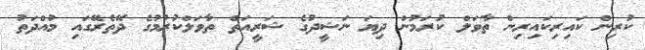
ކުރިން ކައިރިކައިރިން ތާވަލް ކުރަމުން ދިޔަ ނަޝީދުގެ ޝަރީއަތް ތާވަލްކުރުމުގެ ދޭތެރޭގައި މުއްދަތު